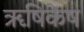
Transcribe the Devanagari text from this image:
ॠषिकेष